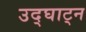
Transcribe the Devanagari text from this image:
उद्घाट्न